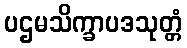
ပဌမသိက္ခာပဒသုတ္တံ